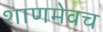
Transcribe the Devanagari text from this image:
शाणमेवच